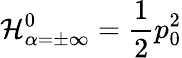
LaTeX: {\cal H}_{\alpha=\pm\infty}^{0}={\frac{1}{2}}p_{0}^{2}